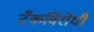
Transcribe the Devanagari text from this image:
टँकविरोधी